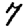
Digit: 7